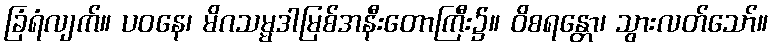
ခြံရံလျက်။ ပဝနေ၊ မိဂသမ္မဒါမြစ်အနီးတောကြီး၌။ ဝိစရန္တော၊ သွားလတ်သော်။